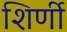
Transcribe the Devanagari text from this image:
शिर्णी